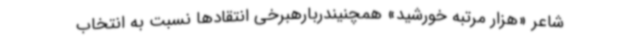
شاعر «هزار مرتبه خورشید» همچنیندربارهبرخی انتقادها نسبت به انتخاب